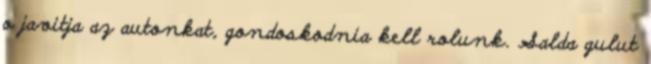
o javitja az autonkat, gondoskodnia kell rolunk. Salda gulut